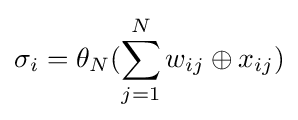
\sigma _{i}=\theta _{N}(\sum _{j=1}^{N}w_{ij}\oplus x_{ij})